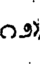
౧